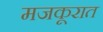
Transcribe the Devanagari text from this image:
मजकूरात